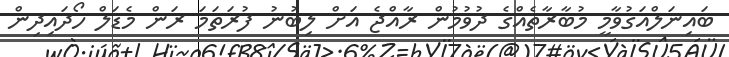
ބައިނަލްއަގުވާމީ މުބާރާތެއްގެ ދުވުމުން ރާއްޖެ އަށް ލިބުނު ފުރަތަމަ ރަން މެޑަލް ހޯދައިދިން